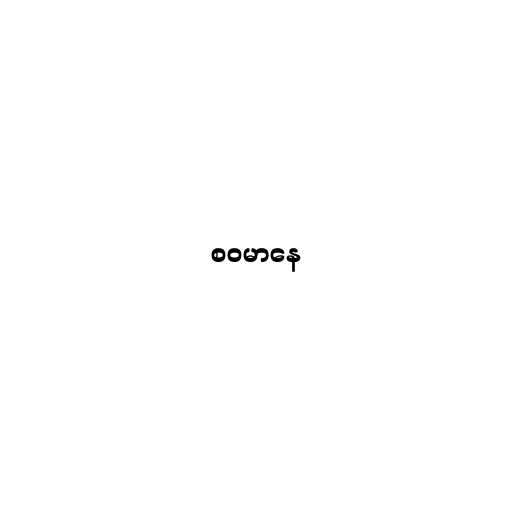
စဝမာနေ